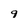
Character: 9